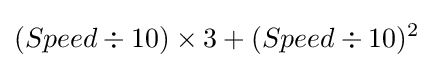
(Speed\div 10)\times 3+(Speed\div 10)^{2}